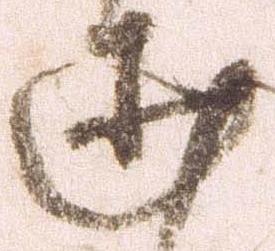
述